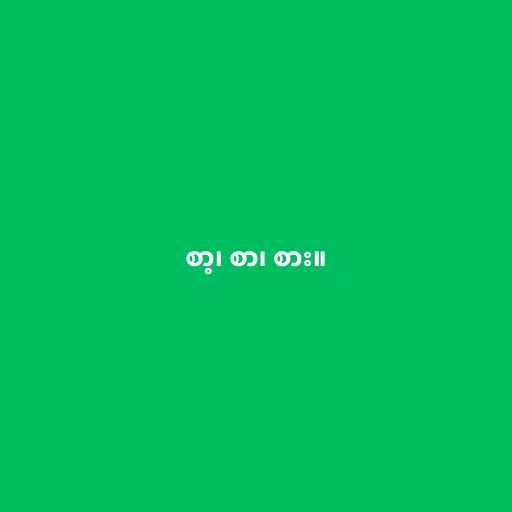
စာ့၊ စာ၊ စား။